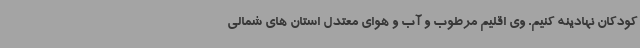
کودکان نهادینه کنیم. وی اقلیم مرطوب و آب و هوای معتدل استان های شمالی